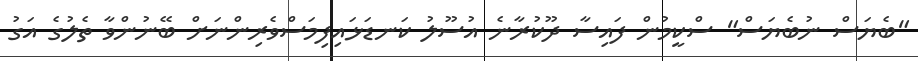
"ބެޔަސް ނުބެޔަސް" ސްކީމުން ފައިސާ ދޫކުރާނެ އުސޫލު ކަނޑަޅައިފިމަސްވެރިންނަށް ބޭނުންވާ ތެލުގެ އަގު